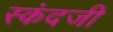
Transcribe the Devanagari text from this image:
स्कंदजी